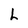
Character: L